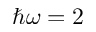
\hbar \omega = 2